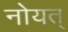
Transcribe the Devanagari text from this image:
नोयत्